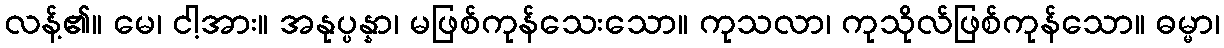
လန့်၏။ မေ၊ ငါ့အား။ အနုပ္ပန္နာ၊ မဖြစ်ကုန်သေးသော။ ကုသလာ၊ ကုသိုလ်ဖြစ်ကုန်သော။ ဓမ္မာ၊